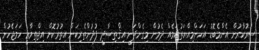
ސަރުކާރުން އެންމެބޮޑު އަހަންމިއްޔަތުކަމެއް ދެމުން މިގެންދަނީ އިޤްތިޞާދީ ފުދުންތެރިކަން އިތުރުކޮށް އިޖްތިމާޢީ ހަމަޖެހުން